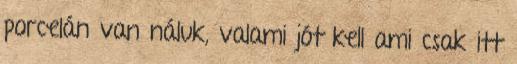
porcelán van náluk, valami jót kell ami csak itt